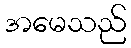
အမေသည်